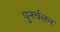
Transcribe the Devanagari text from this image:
पुनर्चलन